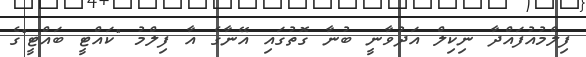
ފިލްމުއުފައްދާ ނިކިލް އަދުވާނީ ބުނާ ގޮތުގައި އޭނާގެ އާ ފިލްމު "ކައްޓީ ބައްޓީ"ގެ